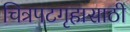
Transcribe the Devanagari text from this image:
चित्रपटगृहासाठी